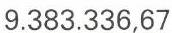
9.383.336,67